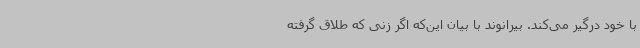
با خود درگیر می‌کند. بیرانوند با بیان این‌که اگر زنی که طلاق گرفته